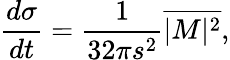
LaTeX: {\frac{d\sigma}{dt}}={\frac{1}{32\pi s^{2}}}\overline{{{|M|^{2}}}},